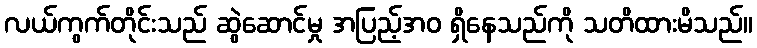
လယ်ကွက်တိုင်းသည် ဆွဲဆောင်မှု အပြည့်အဝ ရှိနေသည်ကို သတိထားမိသည်။